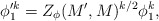
\begin{align*}\phi_1'^k = Z_\phi(M', M)^{k/2} \phi_1^k ,\end{align*}